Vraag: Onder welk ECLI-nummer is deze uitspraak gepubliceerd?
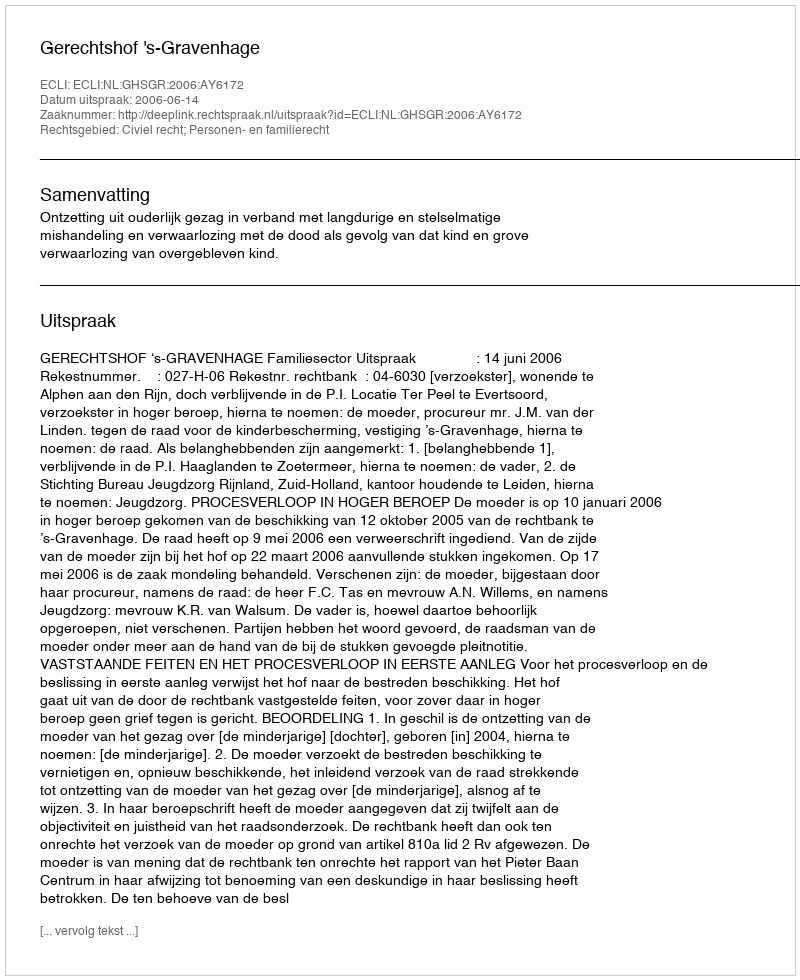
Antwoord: ECLI:NL:GHSGR:2006:AY6172